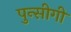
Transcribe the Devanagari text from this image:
पुन्सीगी